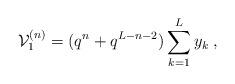
LaTeX: \begin{align*}\mathcal{V}_1^{(n)} = (q^n + q^{L-n-2}) \sum_{k=1}^{L} y_k \; ,\end{align*}